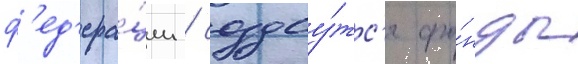
ф'ед'ера́ции / создау́тс'я фо́нды